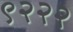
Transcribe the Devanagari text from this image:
९२२२